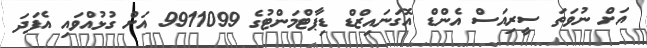
އަށް ނުވަތަ ސީރިއަސް އެންޑް އޮގަނައިޒްޑް ޑިޕާޓްމަންޓުގެ 9911099 އަށް ގުޅުއްވައި އެފަދަ